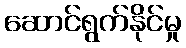
ဆောင်ရွက်နိုင်မှု